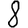
Digit: 8